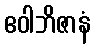
ဧဝါဘိဇာနံ